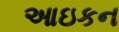
આઇકન